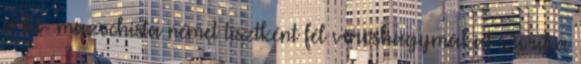
a bú- mazochista német tisztként fél vöröshagymákat szorít a